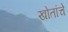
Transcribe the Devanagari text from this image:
खोतांचे